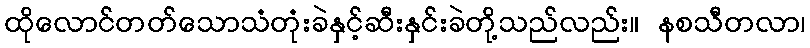
ထိုလောင်တတ်သောသံတုံးခဲနှင့်ဆီးနှင်းခဲတို့သည်လည်း။ နစသီတလာ၊